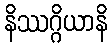
နိဿဂ္ဂိယာနိ